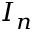
I _ { n }